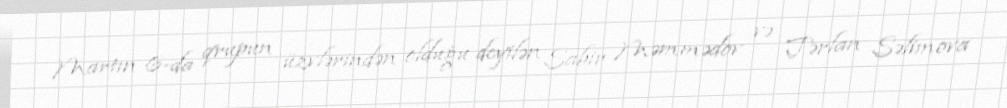
Martın 6-da qrupun üzvlərindən olduğu deyilən Sabir Məmmədov və Tərlan Səlimova